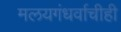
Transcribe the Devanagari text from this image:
मलयगंधर्वाचीही